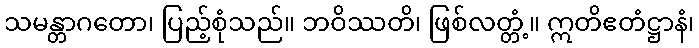
သမန္တာဂတော၊ ပြည့်စုံသည်။ ဘဝိဿတိ၊ ဖြစ်လတ္တံ့။ ဣတိဧတံဋ္ဌာနံ၊